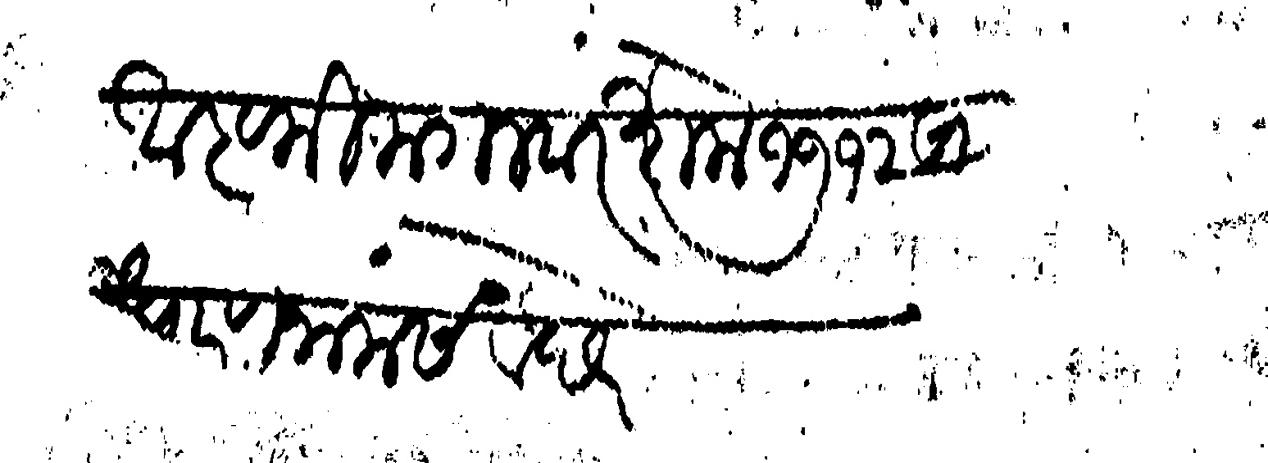
Transliteration (Devanagari): अष्टमी मगलवार शके १७१२ साधारण नाम सवछरे